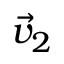
\vec { v } _ { 2 }